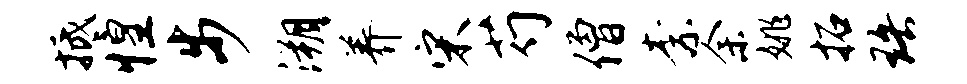
抵惶步溯养宋芍僧柰余姚拓珞